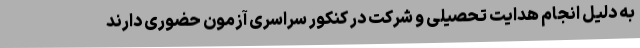
به دلیل انجام هدایت تحصیلی و شرکت در کنکور سراسری آزمون حضوری دارند